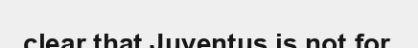
clear that Juventus is not for